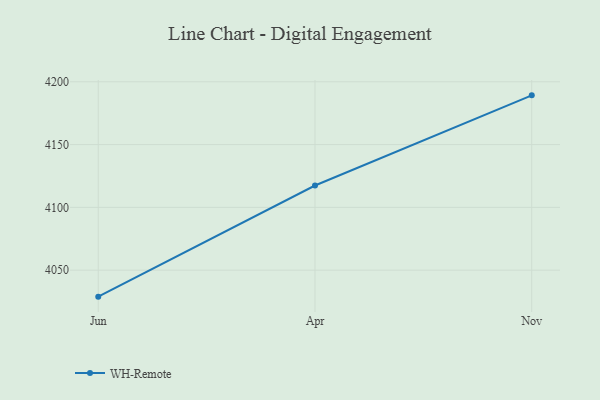
{"axis": {"x": "Month", "y": "Market Share (%)"}, "legend": ["WH-Remote"], "data": [{"x": "Jun", "y": 4028.9, "type": "WH-Remote"}, {"x": "Apr", "y": 4117.4, "type": "WH-Remote"}, {"x": "Nov", "y": 4189.2, "type": "WH-Remote"}]}